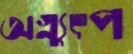
অগ্ন্যুৎপ